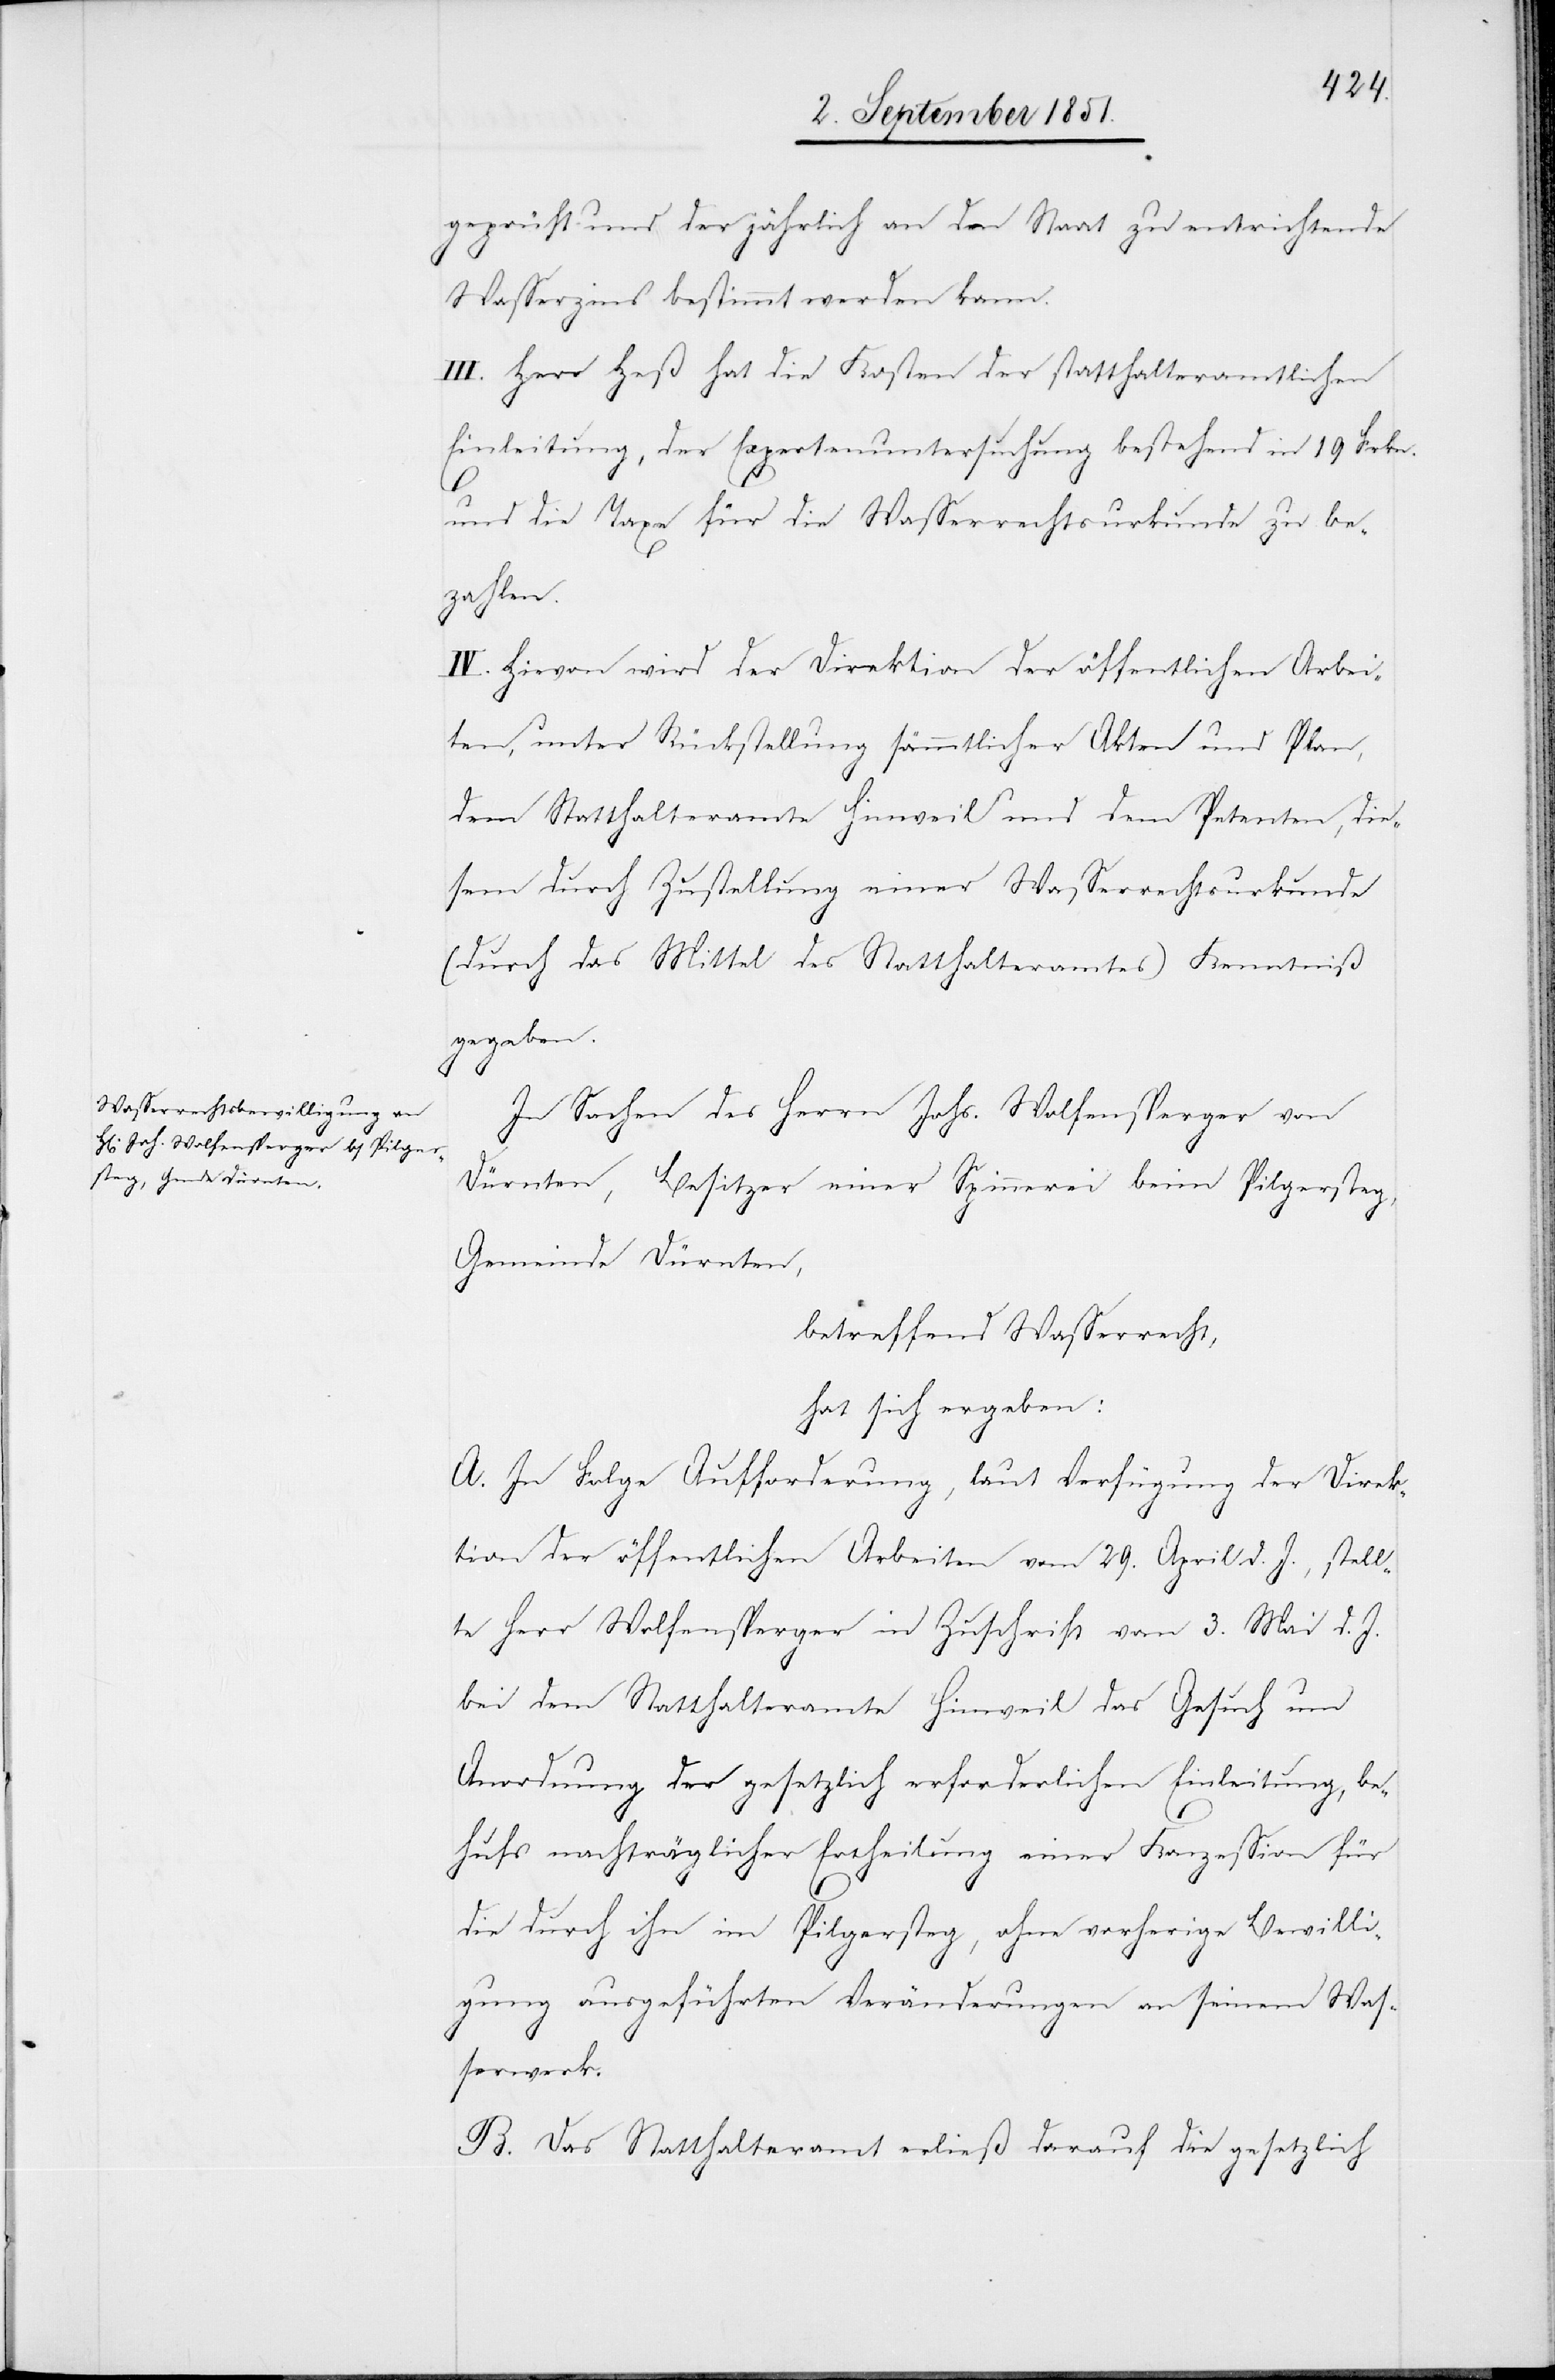
geprüft und der jährlich an den Staat zu entrichtende
Wasserzins bestimmt werden kann.
III. Herr Heß hat die Kosten der statthalteramtlichen
Einleitung, der Expertenuntersuchung bestehend in 19 Frkn.
und die Taxe für die Wasserrechtsurkunde zu be¬
zahlen.
IV. Hievon wird der Direktion der öffentlichen Arbei¬
ten, unter Rückstellung sämmtlicher Akten und Plan,
dem Statthalteramte Hinweil und dem Petenten, die¬
sem durch Zustellung einer Wasserrechtsurkunde
(durch das Mittel des Statthalteramtes) Kenntniß
gegeben.
In Sachen des Herrn Johs. Wolfensperger von
Dürnten, Besitzer einer Spinnerei beim Pilgersteg,
Gemeinde Dürnten,
betreffend Wasserrecht,
hat sich ergeben:
A. In Folge Aufforderung, laut Verfügung der Direk¬
tion der öffentlichen Arbeiten vom 29. April d. J., stell¬
te Herr Wolfensperger in Zuschrift vom 3. Mai d. J.
bei dem Statthalteramte Hinweil das Gesuch um
Anordnung der gesetzlich erforderlichen Einleitung, be¬
hufs nachträglicher Ertheilung einer Konzession für
die durch ihn im Pilgersteg, ohne vorherige Bewilli¬
gung ausgeführten Veränderungen an seinem Was¬
serwerk.
B. Das Statthalteramt erließ darauf die gesetzlich